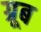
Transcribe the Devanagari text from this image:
ग्रूब